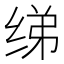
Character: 绨